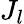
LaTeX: J_{l}